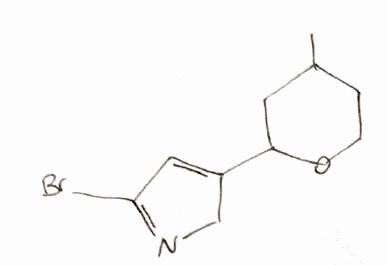
Simplified molecular-input line-entry system (SMILES) notation of the given molecule:
CC1CCOC(C1)C2=CC(=NC2)Br